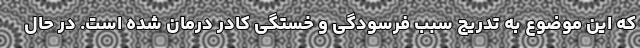
که این موضوع به تدریج سبب فرسودگی و خستگی کادر درمان شده است. در حال